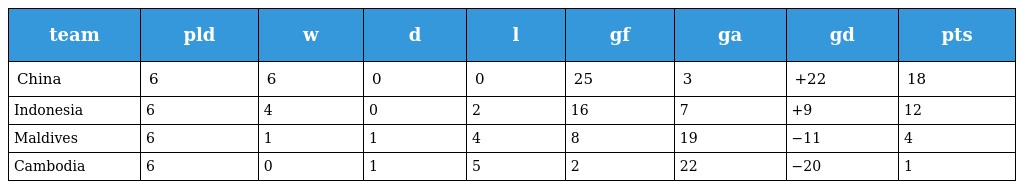
| team | pld | w | d | l | gf | ga | gd | pts |
 | --- | --- | --- | --- | --- | --- | --- | --- | --- |
 | China | 6 | 6 | 0 | 0 | 25 | 3 | +22 | 18 |
 | Indonesia | 6 | 4 | 0 | 2 | 16 | 7 | +9 | 12 |
 | Maldives | 6 | 1 | 1 | 4 | 8 | 19 | −11 | 4 |
 | Cambodia | 6 | 0 | 1 | 5 | 2 | 22 | −20 | 1 |